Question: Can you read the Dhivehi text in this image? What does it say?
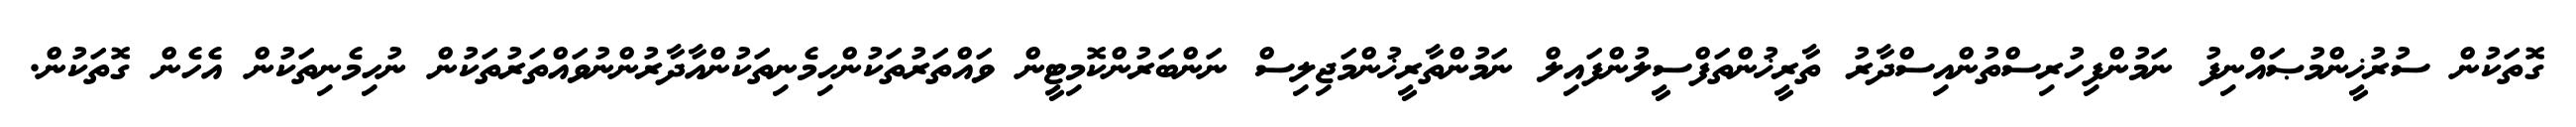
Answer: ގޮތަކުން ސުރުޚީންމުޞައްނިފު ނަމުންފިހުރިސްތުންއިސްދާރު ތާރީޚުންތަފްސީލުންފައިލް ނަމުންތާރީޚުންމަޖިލިސް ނަންބަރުންކޮމިޓީން ވައްތަރުތަކުންހިމެނިތަކުންއާދާރުންނުވައްތަރުތަކުން ނުހިމެނިތަކުން އެހެން ގޮތަކުން.